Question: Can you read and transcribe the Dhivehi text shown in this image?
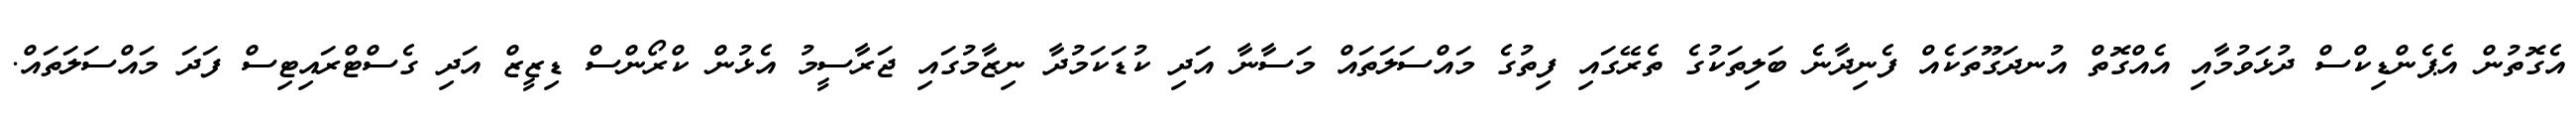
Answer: އެގޮތުން އެޕެންޑިކްސް ދުޅަވުމާއި އެއްގޮތް އުނދަގޫތަކެއް ފެނިދާނެ ބަލިތަކުގެ ތެރޭގައި ފިތުގެ މައްސަލަތައް މަސާނާ އަދި ކުޑަކަމުދާ ނިޒާމުގައި ޖަރާސީމު އެޅުން ކްރޯންސް ޑިޒީޒް އަދި ގެސްޓްރައިޓިސް ފަދަ މައްސަލަތައް.